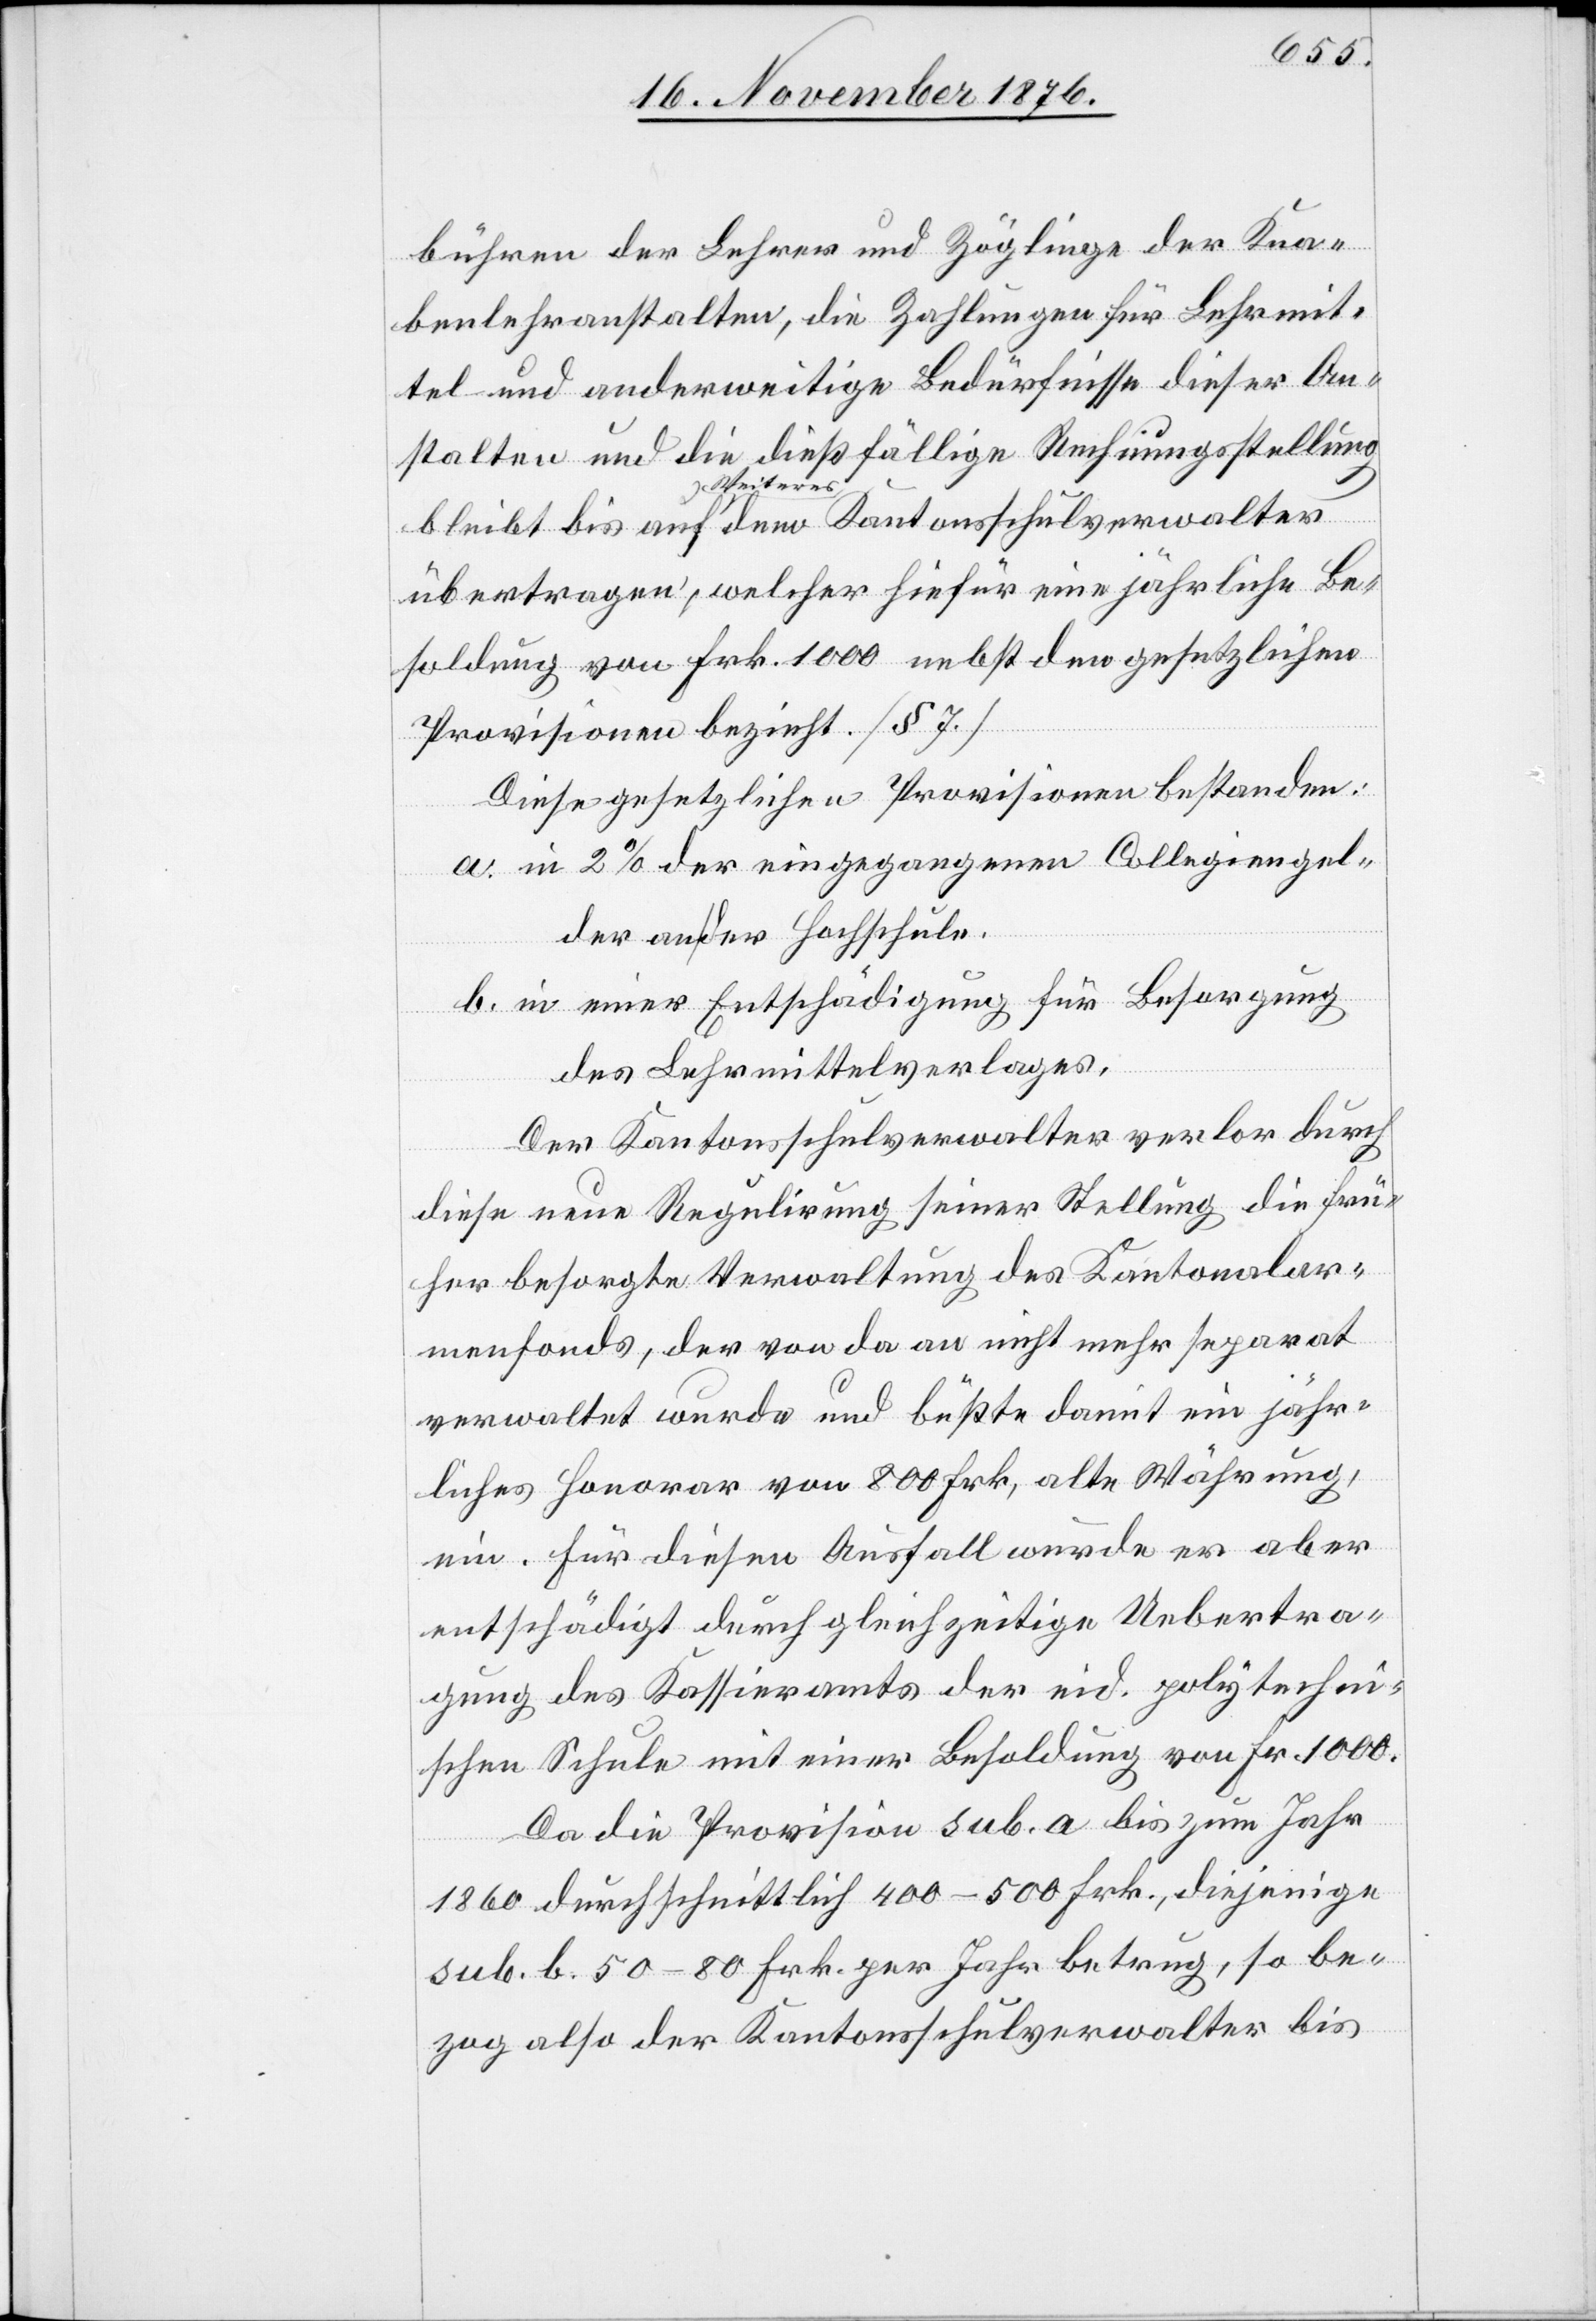
bühren der Lehrer und Zöglinge der Kran¬
kenlehranstalten, die Zahlungen für Lehrmit¬
tel und anderweitige Bedürfnisse dieser An¬
stalten und die dießfällige Rechnungsstellung
bleibt bis auf Weiteres dem Kantonsschulverwalter
übertragen, welcher hiefür eine jährliche Be¬
soldung von Frk. 1000 nebst den gesetzlichen
Provisionen bezieht. [§ 7]
Diese gesetzlichen Provisionen bestanden:
a. in 2 % der eingegangenen Collegiengel¬
der an der Hochschule.
b. in einer Entschädigung für Besorgung
des Lehrmittelverlegers.
Der Kantonsschulverwalter verlor durch
diese neue Regulirung seiner Stellung die frü¬
her besorgte Verwaltung des Kantonalar¬
menfonds, der von da an nicht mehr separat
verwaltet wurde und büßte damit ein jähr¬
liches Honorar von 800 Frk., alte Währung,
ein. Für diesen Ausfall wurde er aber
entschädigt durch gleichzeitige Uebertra¬
gung des Kassieramts der eid. polytechni¬
schen Schule mit einer Besoldung von Fr. 1000.
Da die Provision sub. a bis zum Jahr
1860 durchschnittlich 400–600 Frk., diejenige
sub. b. 50–80 Frk. per Jahr betrug, so be¬
zog also der Kantonsschulverwalter bis